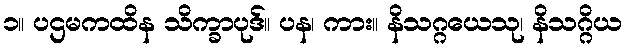
၁။ ပဌမကထိန သိက္ခာပုဒ်။ ပန၊ ကား။ နိသဂ္ဂယေသု၊ နိသဂ္ဂိယ